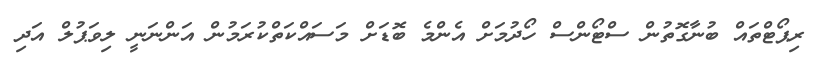
ރިޕޯޓްތައް ބުނާގޮތުން ސްޓޯންސް ހޯދުމަށް އެންމެ ބޮޑަށް މަސައްކަތްކުރަމުން އަންނަނީ ލިވަޕުލް އަދި